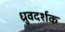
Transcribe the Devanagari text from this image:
ध्रुवदर्शक